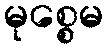
မုစ္စေမ